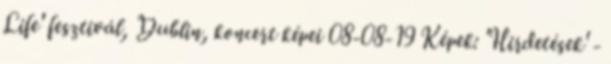
Life' fesztivál, Dublin, koncert képei 08-08-19 Képek: 'Hirdetések' -